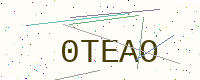
Text: 0TEAO